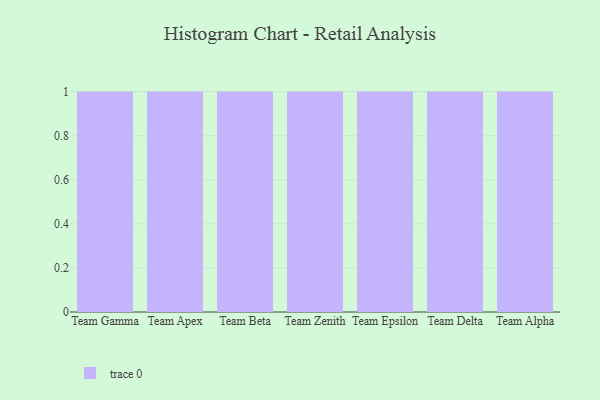
{"axis": {"x": "Team", "y": "Website Visitors"}, "legend": [""], "data": [{"x": "Team Gamma", "y": 54, "type": ""}, {"x": "Team Apex", "y": 1, "type": ""}, {"x": "Team Beta", "y": 90, "type": ""}, {"x": "Team Zenith", "y": 100, "type": ""}, {"x": "Team Epsilon", "y": 42, "type": ""}, {"x": "Team Delta", "y": 74, "type": ""}, {"x": "Team Alpha", "y": 38, "type": ""}]}